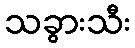
သခွားသီး